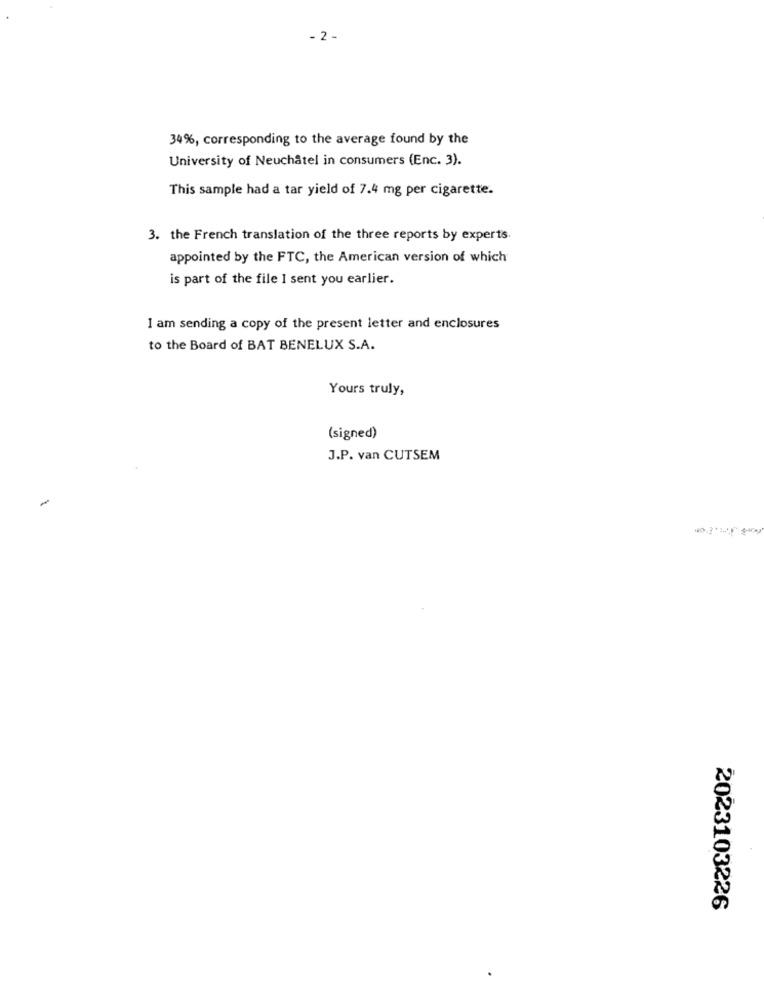
- 2 -
34%, corresponding to the average found by the
University of Neuchâtel in consumers (Enc. 3).
This sample had a tar yield of 7.4 mg per cigarette.
3. the French translation of the three reports by experts.
appointed by the FTC, the American version of which
is part of the file I sent you earlier.
I am sending a copy of the present letter and enclosures
to the Board of BAT BENELUX S.A.
Yours truly,
(signed)
J.P. van CUTSEM
2023103226